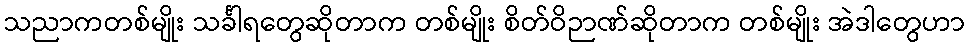
သညာကတစ်မျိုး သင်္ခါရတွေဆိုတာက တစ်မျိုး စိတ်ဝိဉာဏ်ဆိုတာက တစ်မျိုး အဲဒါတွေဟာ